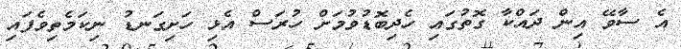
އެ ސާވޭ އިން ދައްކާ ގޮތުގައި ހެދިބޮޑުވުމަށް ހުރަސް އެޅި ހަށިގަނޑު ނިކަމެތިވެފައި